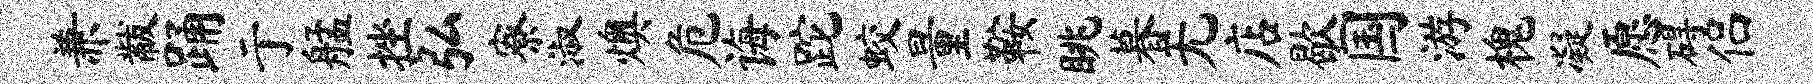
兼黻踊亍艋挫弘寮淑燠危诲跎蛟量鞍眺暮无店歇国游槐凝愿碍侣